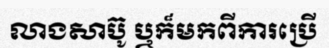
លាងសាប៊ូ ឬក៏មកពីការប្រើ